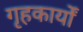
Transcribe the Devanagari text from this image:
गृहकार्यों